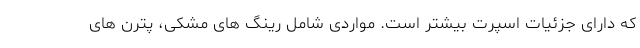
که دارای جزئیات اسپرت بیشتر است. مواردی شامل رینگ های مشکی، پترن های